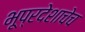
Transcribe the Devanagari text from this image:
भूप्रदेशाचेच